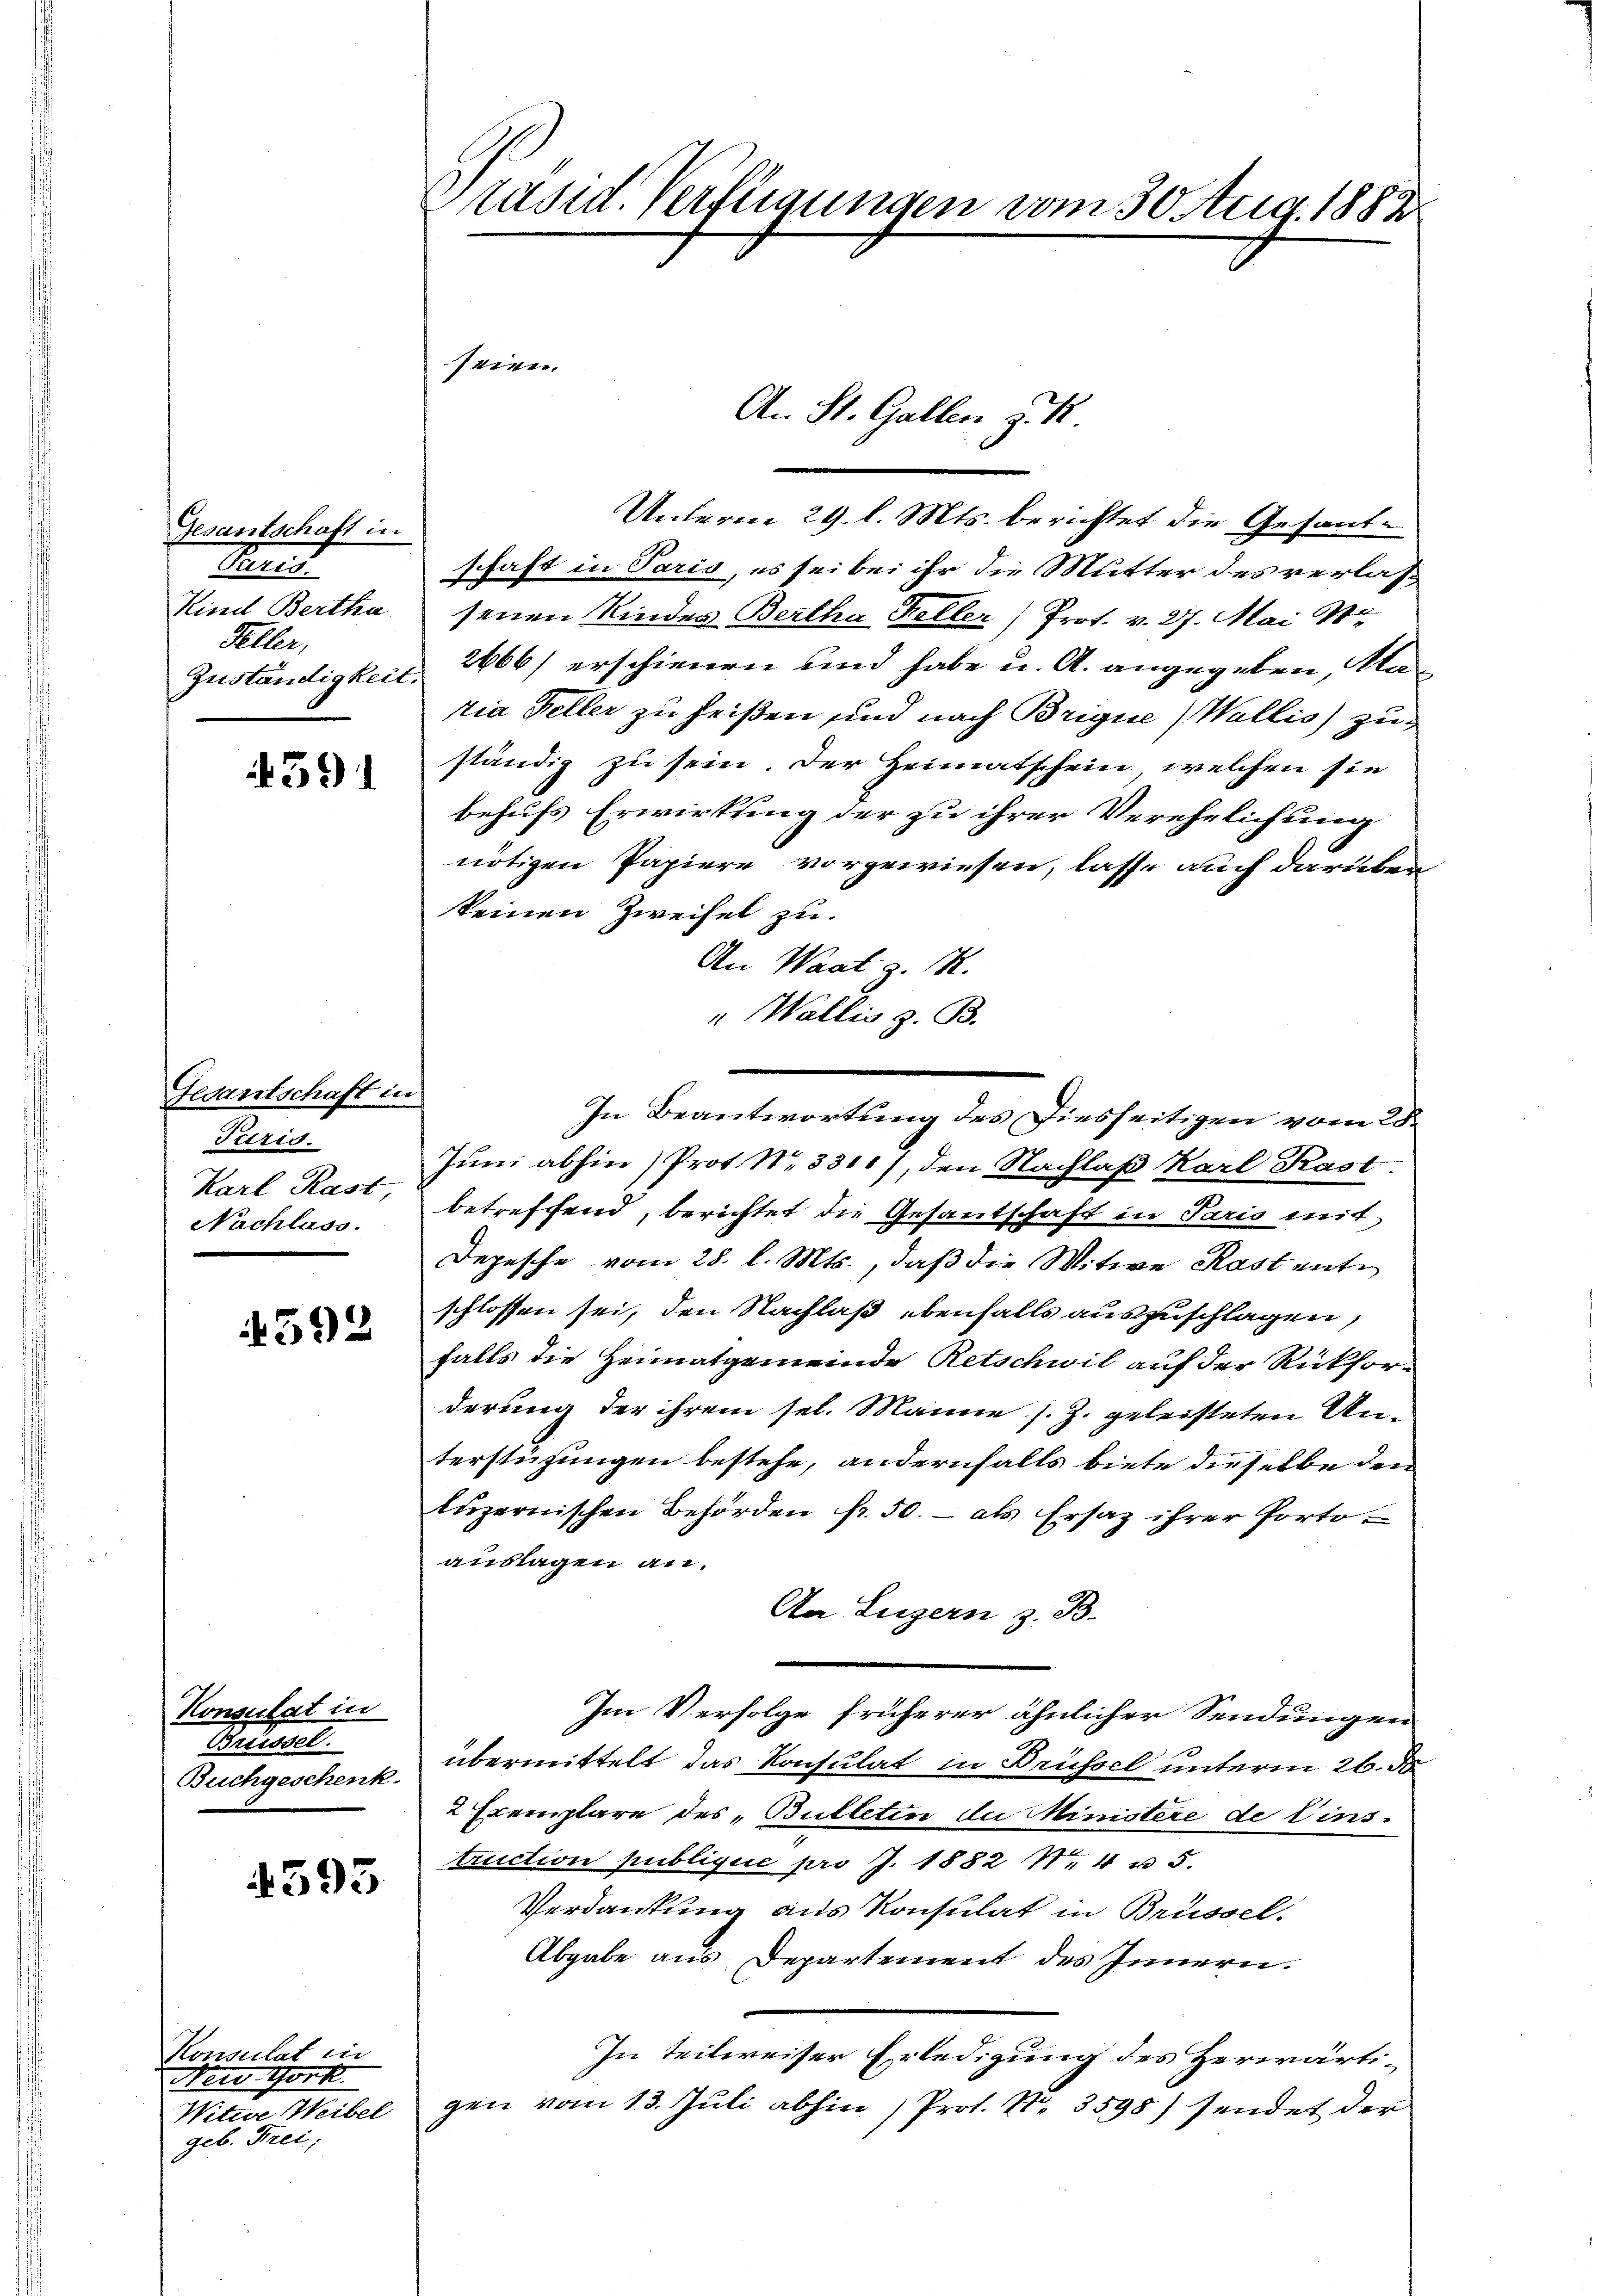
Gesantschaft in
Praes
Kind Bertha
Feller,
Zuständigkeit

4391

Gedantschaft in
Furid.
Nachlass.

4592

Konsulat in
lisel

4593

Konsulat in
Neu York
Witwe Weibel
geb. Frei;

räsid. Verfügungen vom 30. Aug. 1883

seien.

Unterm 29. l. Mts. berichtet die Gesant-
schaft in Paris, es sei bei ihr die Mutter des verlassenen Kindes Bertha Keller (Prot. v. 27. Mai 1
 2666) erschienen und habe u. A. angegeben, Matia Feller zu heißen und nach Brigue) Wallis) zuständig zu sein. Der Heimatschein, welchen sie
behufs Erwirkung der zu ihrer Verehelichung
nötigen Papiere vorgewiesen, lasse auch darüber
skeinen Zweifel zu.
An Waat z. R.
" Wallis z. B.
Juni abhin) Prot. N. 3311), den Nachlaß Karl Kast.
Karl Rast, betreffend, berichtet die Gesantschaft in Paris mit
Depesche vom 28. l. Mts., daß die Mitwe Kastente
schlossen sei, den Nachlaß ebenfalls auszuschlagen,
falls die Heimatgemeinde Retschwil auf der Rückforderung der ihrem sel. Manne s. Z. geleisteten Anterstützungen bestehe, andernfalls biete dieselbe den
luzernischen Behörden fr. 50.- als Ersatz ihrer Portoauslagen an.
An Luzern z. B.
Im Verfolge früherer ähnlicher Sendungen
Buchgeschenk übermittelt das Konsulat in Brüssel unterm 26. d
2 Exemplare des „Bulletin du Ministere de Einstruction publique pro J. 1882 No 4 u 5.
Verdankung aus Konsulat in Brüssel.
Abgabe aus Departement des Innern.
In teilweiser Erledigung des Herwärtigen vom 13. Juli abhin (Prot. N. 3598) sendet der

An St. Gallen z. 18

In Beantwortung des Diesseitigen vom 28.